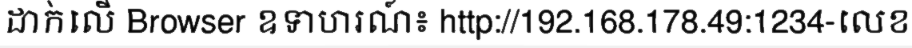
ដាក់លើ Browser ឧទាហរណ៍៖ http://192.168.178.49:1234-លេខ